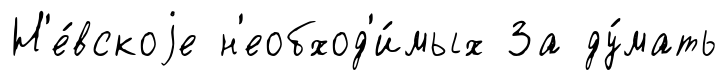
Н'е́вскоjе н'еобход'и́мых За ду́мать